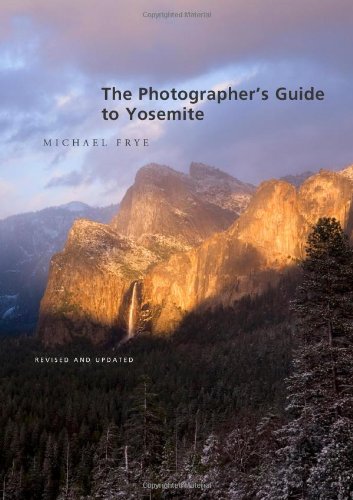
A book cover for The Photographer's Guide to Yosemite; Michael Frye; Travel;